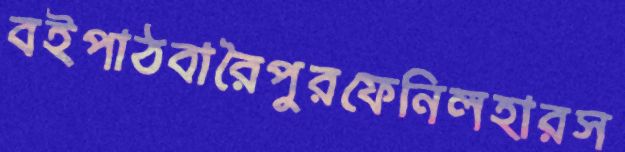
বইপাঠবারৈপুরফেনিলহারস